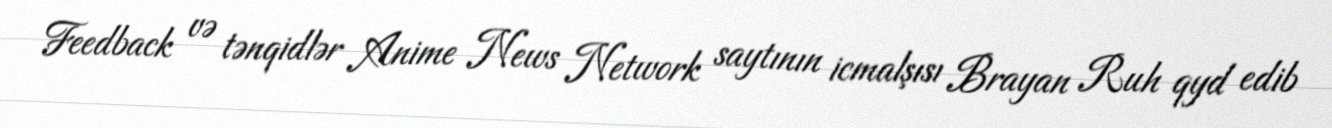
Feedback və tənqidlər Anime News Network saytının icmalşısı Brayan Ruh qyd edib